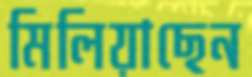
মিলিয়াছেন